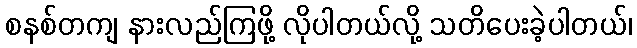
စနစ်တကျ နားလည်ကြဖို့ လိုပါတယ်လို့ သတိပေးခဲ့ပါတယ်၊